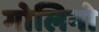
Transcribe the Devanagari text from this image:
गोलिनो